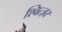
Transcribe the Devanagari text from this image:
श्वित्ज़र